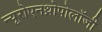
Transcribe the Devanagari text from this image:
न्यूरोएनथ्रोपोलॉजी